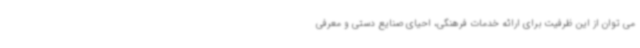
می توان از این ظرفیت برای ارائه خدمات فرهنگی، احیای صنایع دستی و معرفی